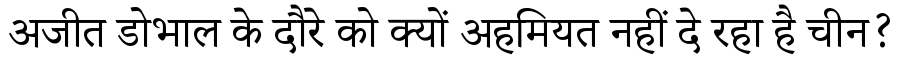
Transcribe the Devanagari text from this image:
अजीत डोभाल के दौरे को क्यों अहमियत नहीं दे रहा है चीन?